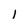
Character: l